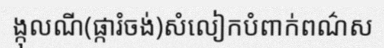
ង្កុលណី(ផ្ការំចង់)សំលៀកបំពាក់ពណ៌ស